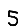
Digit: 5